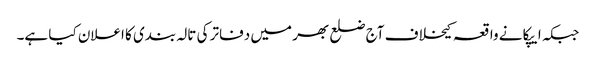
جبکہ ایپکا نے واقعہ کیخلاف آج ضلع بھر میں دفاتر کی تالہ بندی کا اعلان کیا ہے۔